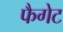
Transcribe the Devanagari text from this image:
फैगेट